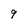
Character: 9